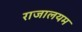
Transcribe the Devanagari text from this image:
राजालयम